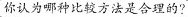
你认为哪种比较方法是合理的?